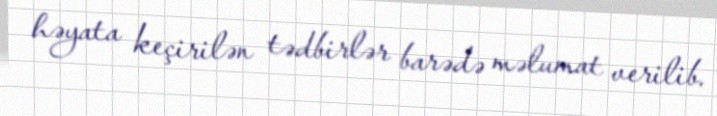
həyata keçirilən tədbirlər barədə məlumat verilib.